Source: Handwritten
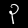
Digit: ၃ (3)